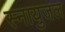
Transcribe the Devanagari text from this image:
स्नायुजल